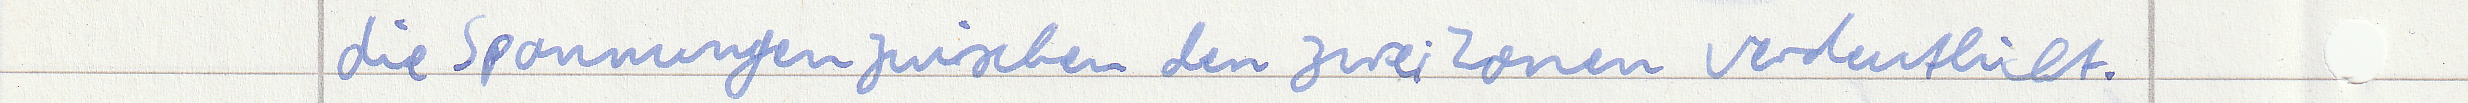
die Spannungen zwischen den zwei Zonen verdeutlicht.